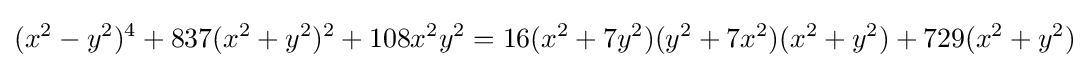
(x^{2}-y^{2})^{4}+837(x^{2}+y^{2})^{2}+108x^{2}y^{2}=16(x^{2}+7y^{2})(y^{2}+7x^{2})(x^{2}+y^{2})+729(x^{2}+y^{2})